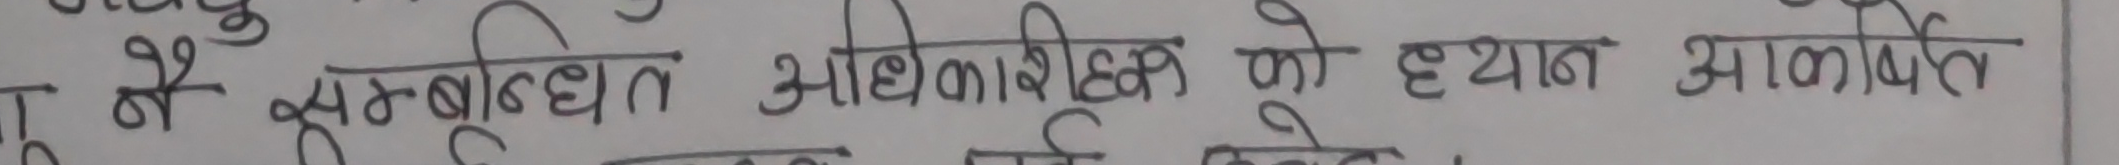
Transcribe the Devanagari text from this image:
मे सम्बन्धित आधिकारिको को ध्यान आकर्षण